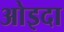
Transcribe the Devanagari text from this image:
ओइदा